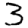
Digit: 3